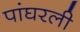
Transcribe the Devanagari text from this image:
पांघरली